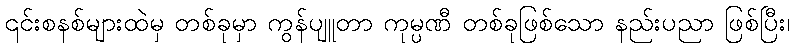
၎င်းစနစ်များထဲမှ တစ်ခုမှာ ကွန်ပျူတာ ကုမ္ပဏီ တစ်ခုဖြစ်သော နည်းပညာ ဖြစ်ပြီး၊